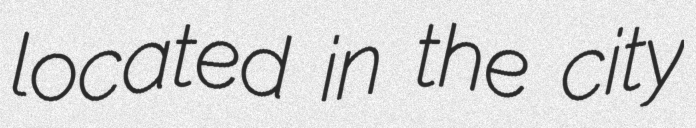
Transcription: located in the city